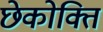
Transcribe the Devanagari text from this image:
छेकोक्ति